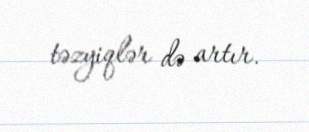
təzyiqlər də artır.